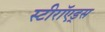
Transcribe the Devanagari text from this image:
स्टीरॉएड्स